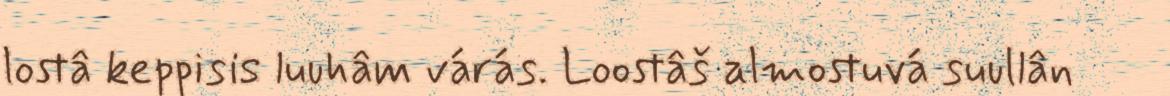
lostâ keppisis luuhâm várás. Loostâš almostuvá suullân